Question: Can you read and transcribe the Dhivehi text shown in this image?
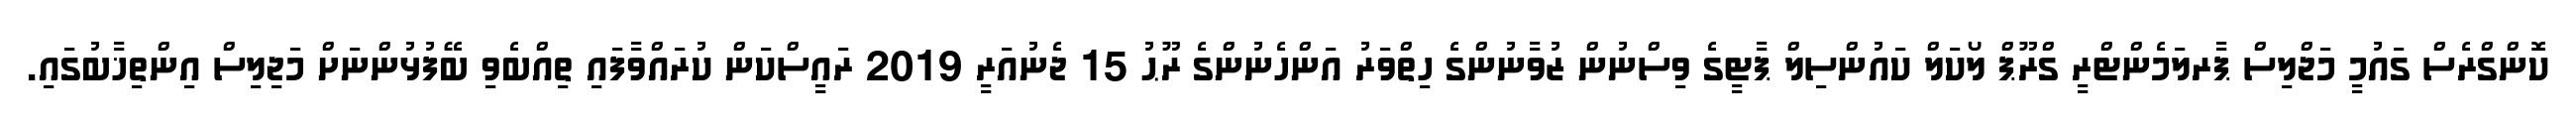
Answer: ކޮންގްރެސް ގައުމީ މަޖްލިސް ޕާރލަމެންޓްރީ ގްރޫޕް ލޯކަލް ކައުންސިލް ޕާޓީގެ ވިސްނުން ޒުވާނުންގެ ހިތްވަރު އަންހެނުންގެ ރޫޙު 15 ޖެނުއަރީ 2019 ރައީސްކަން ކުރައްވާފައި ތިއްބެވި ބޭފުޅުންނަށް މަޖިލިސް އިންތިޚާބުގައި.